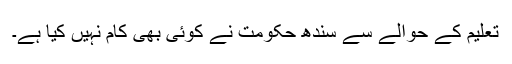
تعلیم کے حوالے سے سندھ حکومت نے کوئی بھی کام نہیں کیا ہے۔